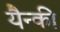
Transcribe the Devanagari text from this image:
यैन्की